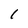
Character: I